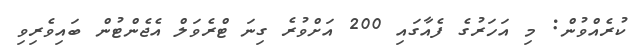
ކުރެއްވުން: މި އަހަރުގެ ފެއާގައި 200 އަށްވުރެ ގިނަ ޓްރެވަލް އެޖެންޓުން ބައިވެރިވި